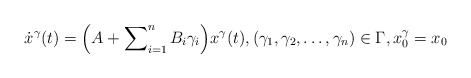
\begin{align*}\dot{x}^{\gamma}(t) = \Bigl (A + \sum\nolimits_{i=1}^n B_i \gamma_i\Bigr)x^{\gamma}(t), (\gamma_1, \gamma_2, \ldots, \gamma_n) \in \Gamma, x_0^{\gamma}=x_0\end{align*}